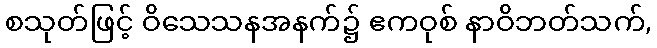
စသုတ်ဖြင့် ဝိသေသနအနက်၌ ဧကဝုစ် နာဝိဘတ်သက်,